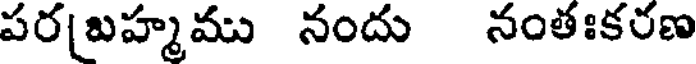
పర[బహ్మము నందు నంతఃకరణ